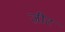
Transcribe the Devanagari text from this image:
ज़ीट